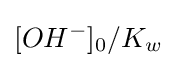
[OH^{-}]_{0}/K_{w^{}}